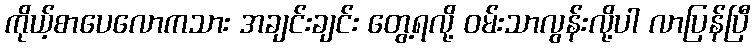
ကိုယ့်စာပေလောကသား အချင်းချင်း တွေ့ရလို့ ဝမ်းသာလွန်းလို့ပါ လာပြန်ပြီ